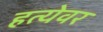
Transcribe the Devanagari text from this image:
हत्येवर